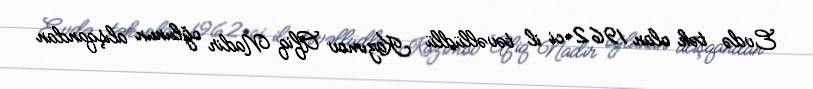
Evdə tək olan 1962-ci il təvəllüdlü Kazımov Afiq Nadir oğlunun alışqandan